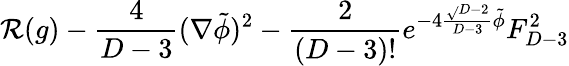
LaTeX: \mathcal{R}(g)-{\frac{{4}}{{D-3}}}(\nabla\tilde{{\phi}})^{2}-{\frac{{2}}{{(D-3)!}}}e^{-4{\frac{{\sqrt{}{{D-2}}}}{{D-3}}}\tilde{{\phi}}}F_{D-3}^{2}